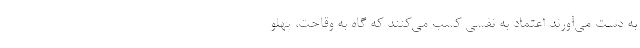
به دست می‌آورند اعتماد به نفسی کسب می‌کنند که گاه به وقاحت، پهلو